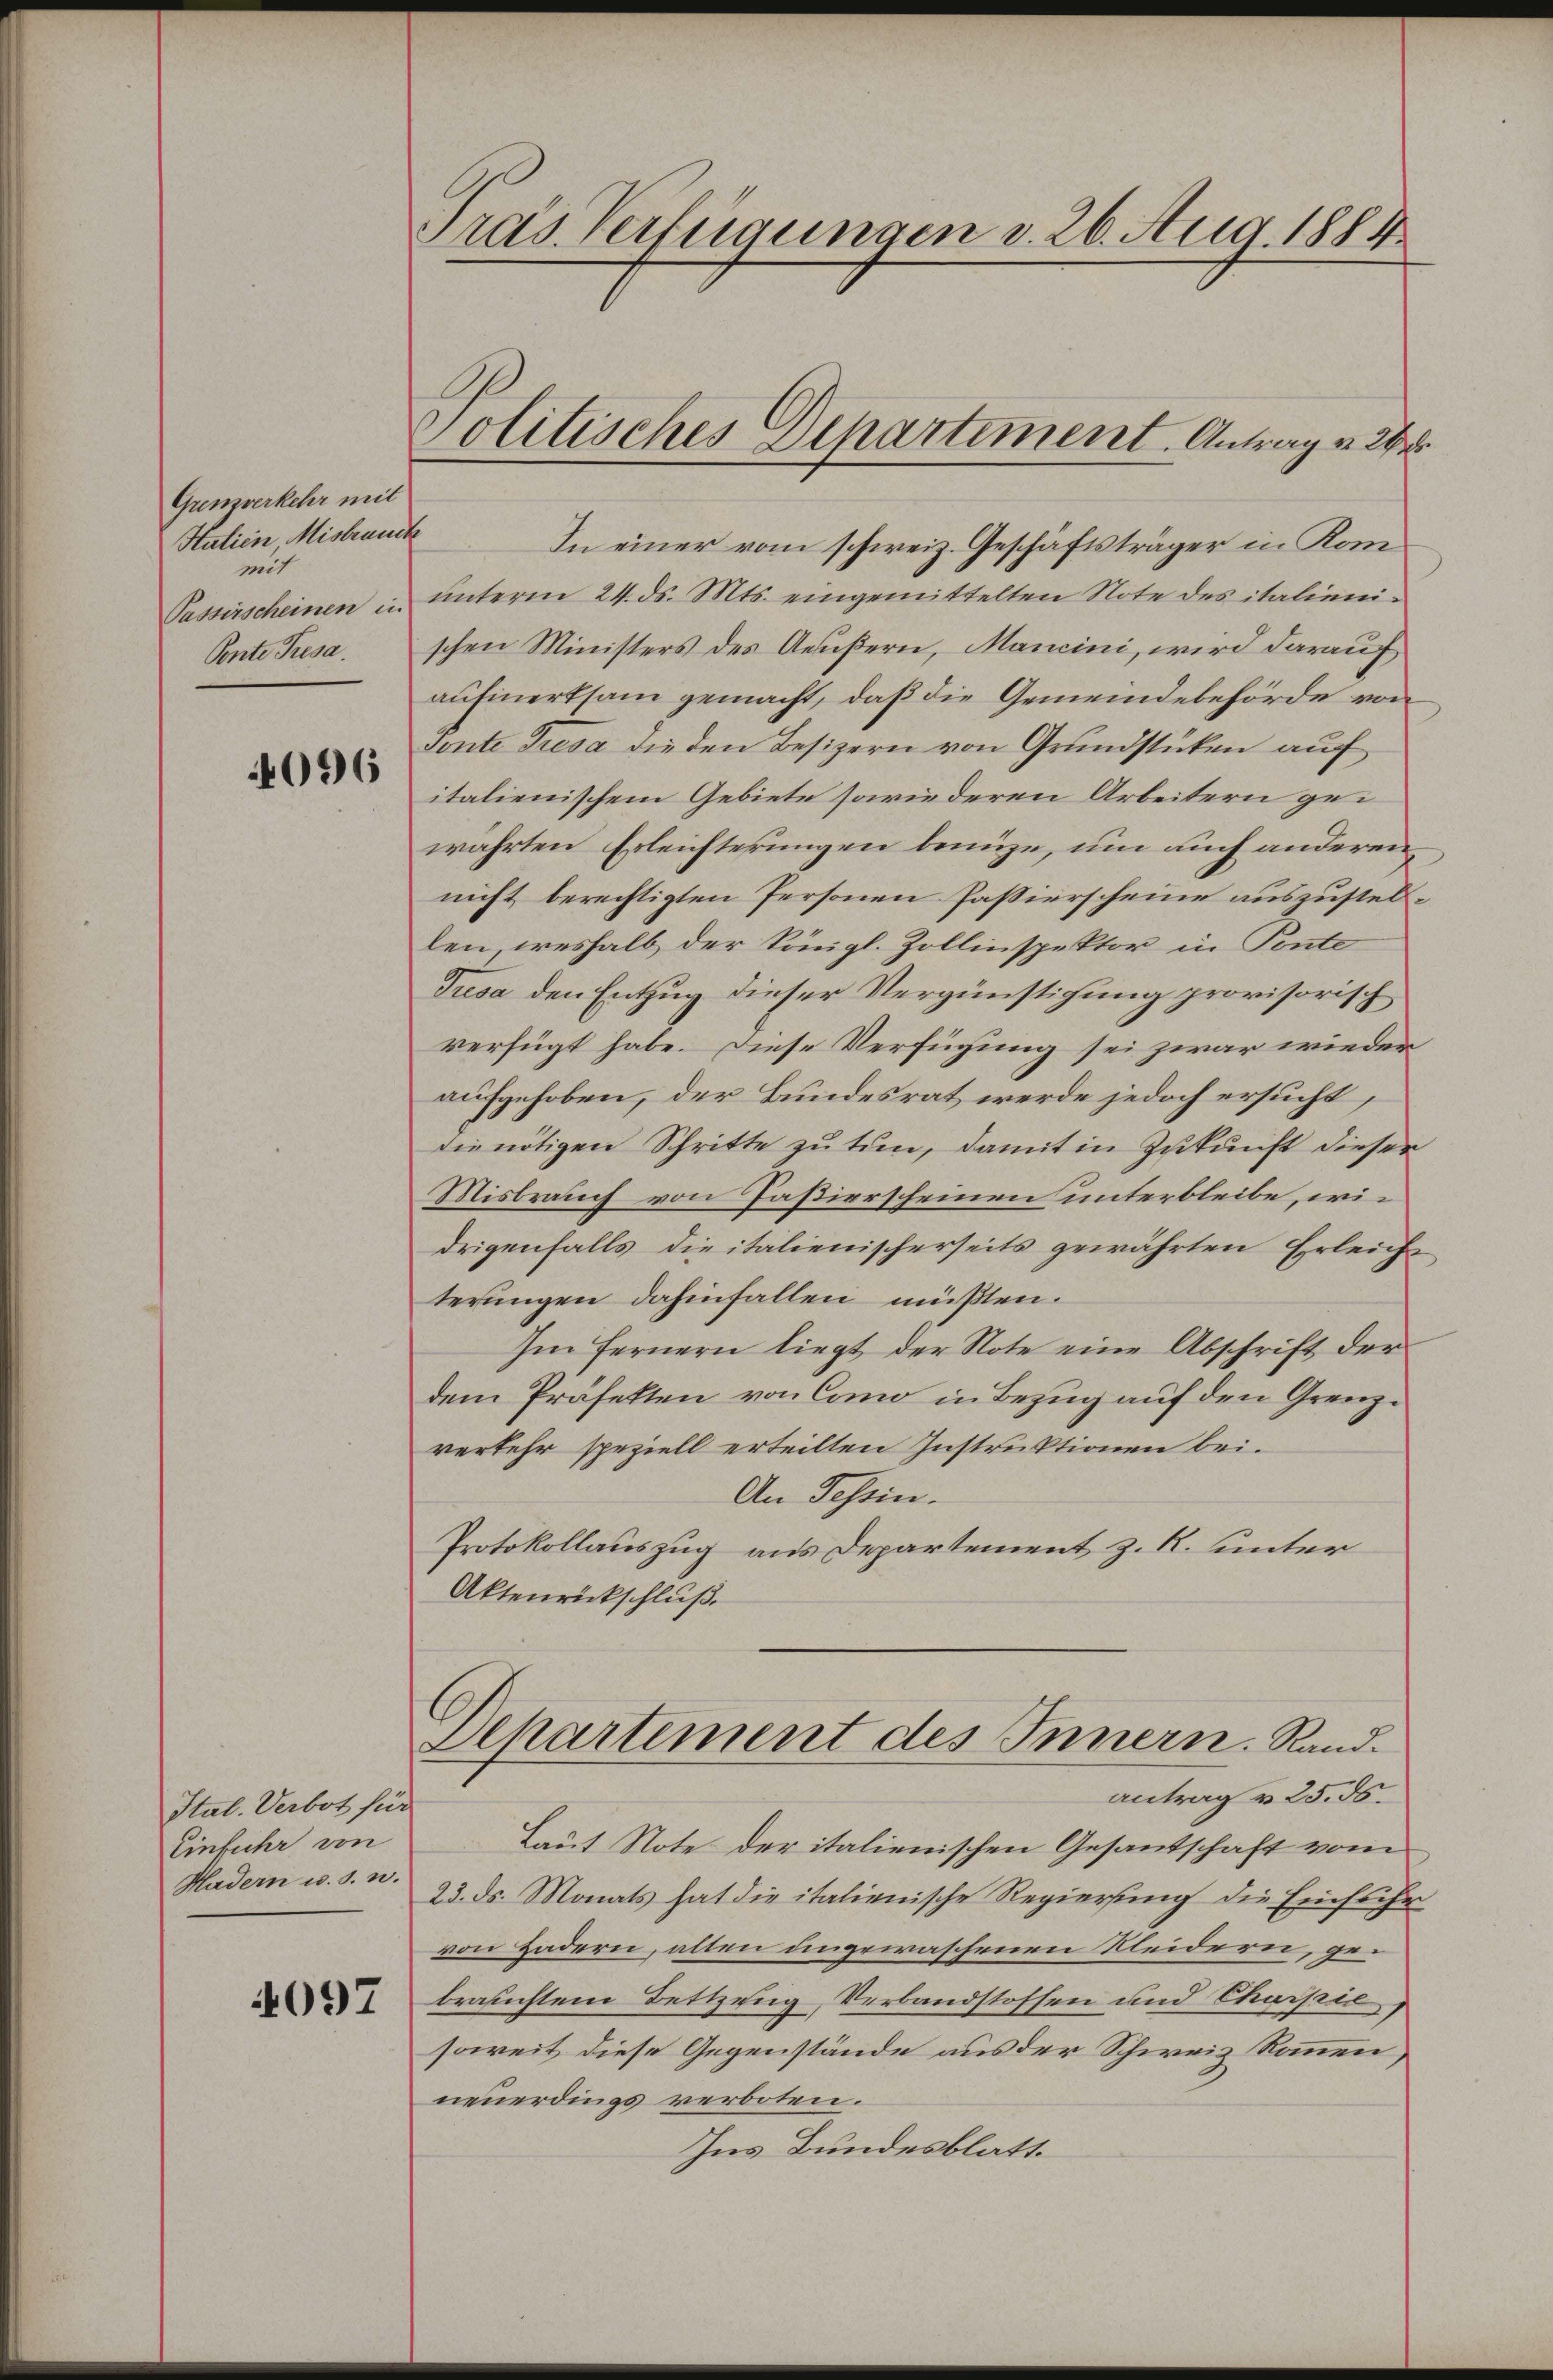
Gremverkehr mit
Halien, Misbrauch
mit
Passirscheinen in
Ponte Presa.

4096

Ital. Verbot für
Einfuhr von
Hadern u. s. w.

4097

Pras Verfügungen v. 26. Aug. 1884.

Politisches Departement. Antrag v. 2

In einer vom schweiz. Geschäftsträger in Komunterm 24. ds. Mts. eingemittelten Note des italienischen Ministers des Aeußern, Mancini, wird darauf
aufmerksam gemacht, daß die Gemeindebehörde von
Tonte Tresa die den Besizern von Grundstücken auf
italienischem Gebiete sowie deren Arbeitern gewahrten Erleichterungen benüze, um auch anderen
nicht berechtigten Personen Passierscheine auszustelllen, weshalb der königl. Zollinspektor in Ponte
Tresa den Entzug dieser Vergünstigung provisorisch
verfügt habe. Diese Verfügung sei zwar wiederaufgehoben, der Bundesrat werde jedoch ersucht,
die nötigen Schritte zu tun, damit in Zukunft dieser
Misbrauch von Paßierscheinen unterbleibe, widrigenfalls die italienischerseits gewährten Erleiche
terungen dahinfallen müßten.
Im Fernern liegt, der Note eine Abschrift der
dem Präfekten von Cano in Bezug auf den Grenzverkehr speziell erteilten Instruktionen bei.
An Tessin.
Protokollauszug aus Departement z. R. unter
Aktenrückschluß.
Achartement des Innern. Randantrag v. 25. ds.
Laut Note der italienischen Gesantschaft vom
23. ds. Monats hat die italienische Regierung die Einfuhrvon Hadern, alten angewaschenen Kleidern, gebrauchtem Bettzeug, Verbandstoffen und Churpie
soweit diese Gegenstände aus der Schweiz kommen,
neuerdings verboten.
Ins Bundesblatt.